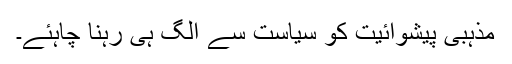
مذہبی پیشوائیت کو سیاست سے الگ ہی رہنا چاہئے۔